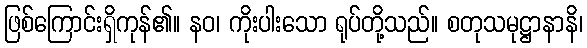
ဖြစ်ကြောင်းရှိကုန်၏။ နဝ၊ ကိုးပါးသော ရုပ်တို့သည်။ စတုသမုဋ္ဌာနာနိ၊